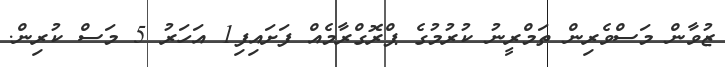
ޒުވާން މަސްވެރިން ތަމްރީނު ކުރުމުގެ ޕްރޮގްރާމެއް ފަށައިފި1 އަހަރު 5 މަސް ކުރިން.